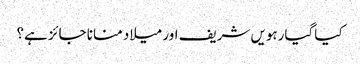
کیا گیارہویں شریف اور میلاد منانا جائز ہے؟